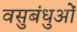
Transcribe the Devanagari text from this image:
वसुबंधुओं